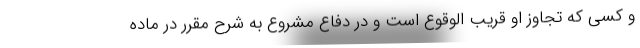
و کسی که تجاوز او قریب الوقوع است و در دفاع مشروع به شرح مقرر در ماده